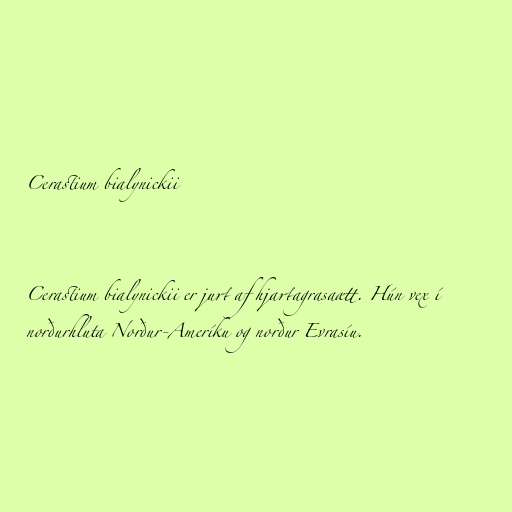
Cerastium bialynickii

Cerastium bialynickii er jurt af hjartagrasaætt. Hún vex í
norðurhluta Norður-Ameríku og norður Evrasíu.